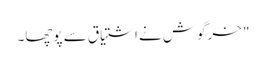
" خرگوش نے اشتیاق سے پوچھا۔